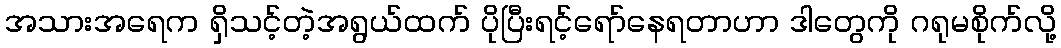
အသားအရေက ရှိသင့်တဲ့အရွယ်ထက် ပိုပြီးရင့်ရော်နေရတာဟာ ဒါတွေကို ဂရုမစိုက်လို့